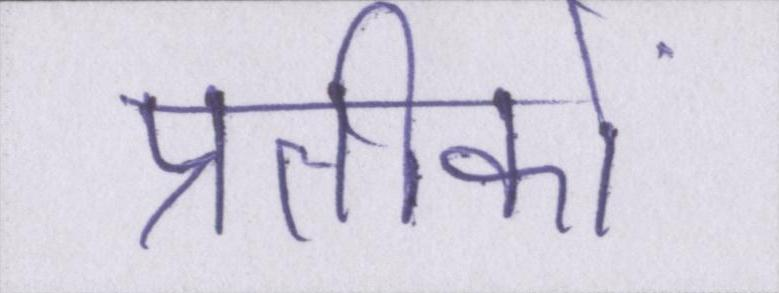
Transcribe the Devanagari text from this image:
प्रतीकों